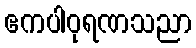
ဧကပါဝုရဏသညာ